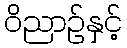
ဝိညာဉ်နှင့်